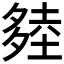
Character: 𰋔